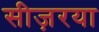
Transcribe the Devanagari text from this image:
सीज़रया